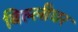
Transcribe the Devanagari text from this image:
बिल्लीघर